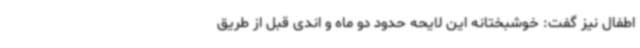
اطفال نیز گفت: خوشبختانه این لایحه حدود دو ماه و اندی قبل از طریق